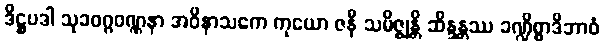
ဒိဋ္ဌပဒါ သုခဝဂ္ဂဝဏ္ဏနာ အဝိနာသကေ ကုယော ဇနီ သမိဇ္ဈန္တိ ဆိန္ဒန္တဿ ခဏ္ဍိစ္စာဒိဘာဝံ